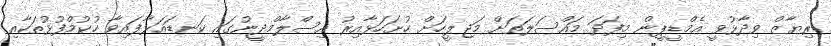
ރިޔާޒް ވިދާޅުވީ އެމްޑީޕީން މިފަދަ މައްސަލަތަށް މަޖިލީހަށް ހުށަހަޅާއިރު އިސްލާމްދީނުގައި ކަނޑައަޅާފައިވާ ހުކުމްފުޅުތަކާއި